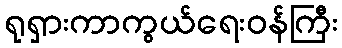
ရုရှားကာကွယ်ရေးဝန်ကြီး